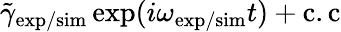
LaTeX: \tilde{\gamma}_{\mathrm{exp/sim}}\exp(i\omega_{\mathrm{exp/sim}}t)+\mathrm{c.c}